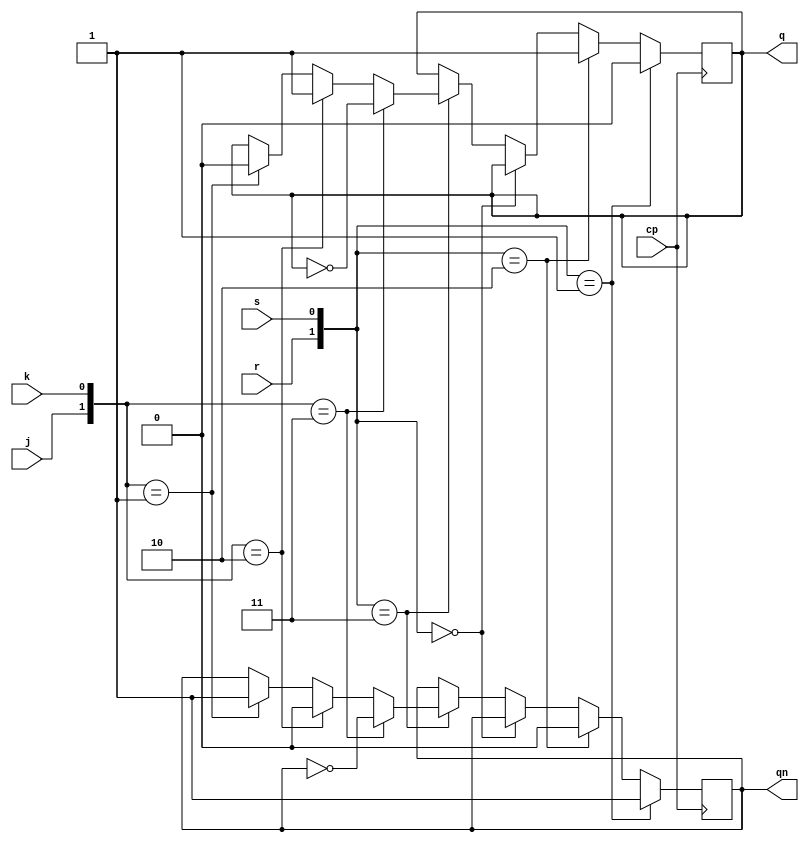
`timescale 1ns / 1ps
//////////////////////////////////////////////////////////////////////////////////
// Company: 
// Engineer: 
// 
// Design Name: 
// Module Name: jk
// Project Name: 
// Target Devices: 
// Tool Versions: 
// Description: 
// 
// Dependencies: 
// 
// Revision:
// Revision 0.01 - File Created
// Additional Comments:
// 
//////////////////////////////////////////////////////////////////////////////////



module JK(q,qn,j,k,r,s,cp); 
input j,k,r,s,cp; 
output reg q,qn;
always@(negedge cp) 
begin 
    if({r,s}==2'b01)  
    begin q<=0; qn<=1; end 
    else if({r,s}==2'b10) 
    begin q<=1; qn<=0; end 
    else if({r,s}==2'b00) 
    begin q<=q; qn<=qn; end
    else if({r,s}==2'b11) 
    begin  
        if({j,k}==2'b00)  
        begin q<=q; qn<=qn; end  
        if({j,k}==2'b01)  
        begin q<=0; qn<=1; end  
        if({j,k}==2'b10) 
        begin q<=1; qn<=0; end  
        if({j,k}==2'b11)  
        begin q<=~q; qn<=~qn; end  
    end 
end
endmodule